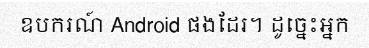
ឧបករណ៍ Android ផងដែរ។ ដូច្នេះអ្នក